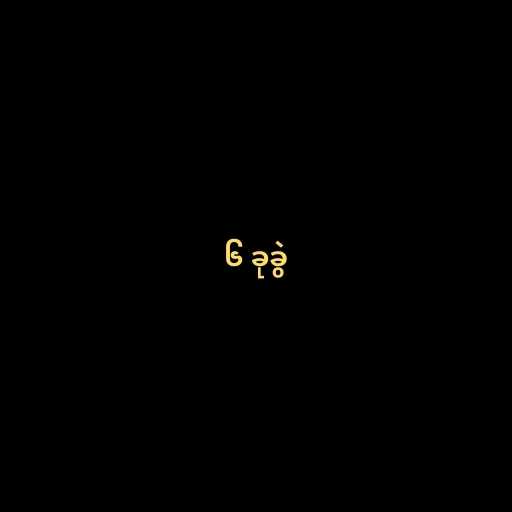
၆ ခုခွဲ